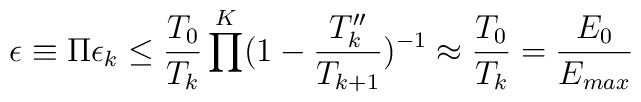
\epsilon \equiv \Pi \epsilon_k \leq \frac{T_0}{T_k} \prod^K(1-\frac{T_k''}{T_{k+1}})^{-1}\approx \frac{T_0}{T_k}=\frac{E_0}{E_{max}}